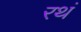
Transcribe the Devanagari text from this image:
रथं